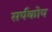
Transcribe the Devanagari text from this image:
सर्पकोप